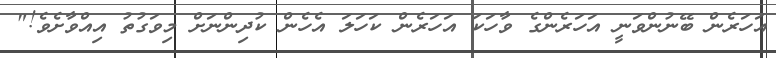
އަހަރެން ބޭނުންވަނީ އަހަރެންގެ ވާހަކަ އަހަރެން ކަހަލަ އެހެން ކުދިންނަށް މިވަގުތު އިއްވާށެވެ!"